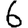
Digit: 6